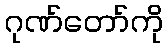
ဂုဏ်တော်ကို